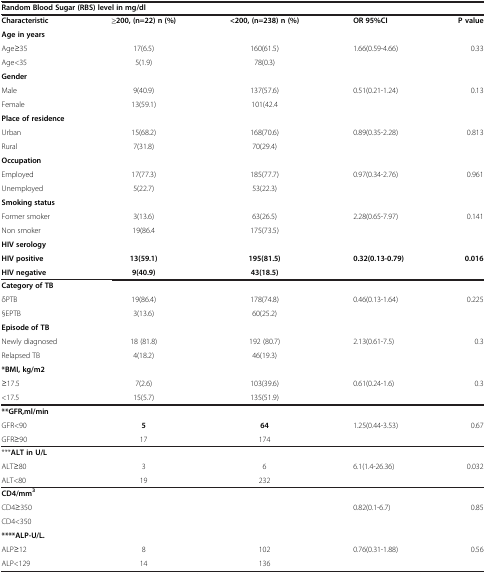
<table><thead><tr><td colspan="5"><b>Random Blood Sugar (RBS) level in mg/dl</b></td></tr></thead><tbody><tr><td><b>Characteristic</b></td><td><b>≥200, (n=22) n (%)</b></td><td><b>&lt;200, (n=238) n (%)</b></td><td><b>OR 95%CI</b></td><td><b>P value</b></td></tr><tr><td><b>Age in years</b></td><td> </td><td> </td><td> </td><td> </td></tr><tr><td>Age≥35</td><td>17(6.5)</td><td>160(61.5)</td><td>1.66(0.59-4.66)</td><td>0.33</td></tr><tr><td>Age&lt;35</td><td>5(1.9)</td><td>78(0.3)</td><td> </td><td> </td></tr><tr><td><b>Gender</b></td><td> </td><td> </td><td> </td><td> </td></tr><tr><td>Male</td><td>9(40.9)</td><td>137(57.6)</td><td>0.51(0.21-1.24)</td><td>0.13</td></tr><tr><td>Female</td><td>13(59.1)</td><td>101(42.4</td><td> </td><td> </td></tr><tr><td><b>Place of residence</b></td><td> </td><td> </td><td> </td><td> </td></tr><tr><td>Urban</td><td>15(68.2)</td><td>168(70.6)</td><td>0.89(0.35-2.28)</td><td>0.813</td></tr><tr><td>Rural</td><td>7(31.8)</td><td>70(29.4)</td><td> </td><td> </td></tr><tr><td><b>Occupation</b></td><td> </td><td> </td><td> </td><td> </td></tr><tr><td>Employed</td><td>17(77.3)</td><td>185(77.7)</td><td>0.97(0.34-2.76)</td><td>0.961</td></tr><tr><td>Unemployed</td><td>5(22.7)</td><td>53(22.3)</td><td> </td><td> </td></tr><tr><td><b>Smoking status</b></td><td> </td><td> </td><td> </td><td> </td></tr><tr><td>Former smoker</td><td>3(13.6)</td><td>63(26.5)</td><td>2.28(0.65-7.97)</td><td>0.141</td></tr><tr><td>Non smoker</td><td>19(86.4</td><td>175(73.5)</td><td> </td><td> </td></tr><tr><td><b>HIV serology</b></td><td> </td><td> </td><td> </td><td> </td></tr><tr><td><b>HIV positive</b></td><td><b>13(59.1)</b></td><td><b>195(81.5)</b></td><td><b>0.32(0.13-0.79)</b></td><td><b>0.016</b></td></tr><tr><td><b>HIV negative</b></td><td><b>9(40.9)</b></td><td><b>43(18.5)</b></td><td> </td><td> </td></tr><tr><td><b>Category of TB</b></td><td> </td><td> </td><td> </td><td> </td></tr><tr><td>δPTB</td><td>19(86.4)</td><td>178(74.8)</td><td>0.46(0.13-1.64)</td><td>0.225</td></tr><tr><td>§EPTB</td><td>3(13.6)</td><td>60(25.2)</td><td> </td><td> </td></tr><tr><td><b>Episode of TB</b></td><td> </td><td> </td><td> </td><td> </td></tr><tr><td>Newly diagnosed</td><td>18 (81.8)</td><td>192 (80.7)</td><td>2.13(0.61-7.5)</td><td>0.3</td></tr><tr><td>Relapsed TB</td><td>4(18.2)</td><td>46(19.3)</td><td> </td><td> </td></tr><tr><td><b>*BMI, kg/m2</b></td><td> </td><td> </td><td> </td><td> </td></tr><tr><td>≥17.5</td><td>7(2.6)</td><td>103(39.6)</td><td>0.61(0.24-1.6)</td><td>0.3</td></tr><tr><td>&lt;17.5</td><td>15(5.7)</td><td>135(51.9)</td><td> </td><td> </td></tr><tr><td><b>**GFR,ml/min</b></td><td> </td><td> </td><td> </td><td> </td></tr><tr><td>GFR&lt;90</td><td><b>5</b></td><td><b>64</b></td><td>1.25(0.44-3.53)</td><td>0.67</td></tr><tr><td>GFR≥90</td><td>17</td><td>174</td><td> </td><td> </td></tr><tr><td>***<b>ALT in U/L</b></td><td> </td><td> </td><td> </td><td> </td></tr><tr><td>ALT≥80</td><td>3</td><td>6</td><td>6.1(1.4-26.36)</td><td>0.032</td></tr><tr><td>ALT&lt;80</td><td>19</td><td>232</td><td> </td><td> </td></tr><tr><td><b>CD4/mm</b><sup><b>3</b></sup></td><td> </td><td> </td><td> </td><td> </td></tr><tr><td>CD4≥350</td><td> </td><td> </td><td>0.82(0.1-6.7)</td><td>0.85</td></tr><tr><td>CD4&lt;350</td><td> </td><td> </td><td> </td><td> </td></tr><tr><td><b>****ALP-U/L.</b></td><td> </td><td> </td><td> </td><td> </td></tr><tr><td>ALP≥12</td><td>8</td><td>102</td><td>0.76(0.31-1.88)</td><td>0.56</td></tr><tr><td>ALP&lt;129</td><td>14</td><td>136</td><td> </td><td> </td></tr></tbody></table>